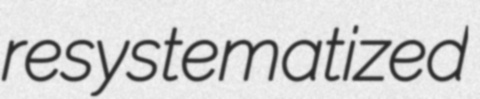
resystematized